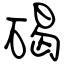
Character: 碣